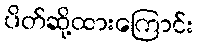
ပိတ်ဆို့ထားကြောင်း